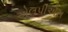
એલપીએસ